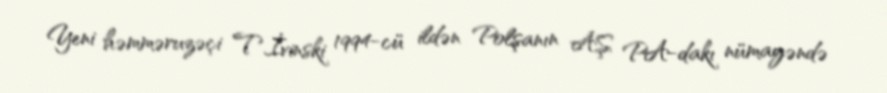
Yeni həmməruzəçi T.İvinski 1994-cü ildən Polşanın AŞ PA-dakı nümayəndə